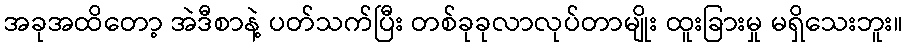
အခုအထိတော့ အဲဒီစာနဲ့ ပတ်သက်ပြီး တစ်ခုခုလာလုပ်တာမျိုး ထူးခြားမှု မရှိသေးဘူး။